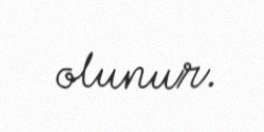
olunur.